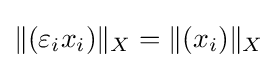
\|(\varepsilon _{i}x_{i})\|_{X}=\|(x_{i})\|_{X}